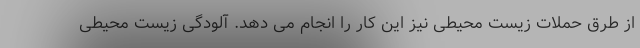
از طرق حملات زیست محیطی نیز این کار را انجام می دهد. آلودگی زیست محیطی